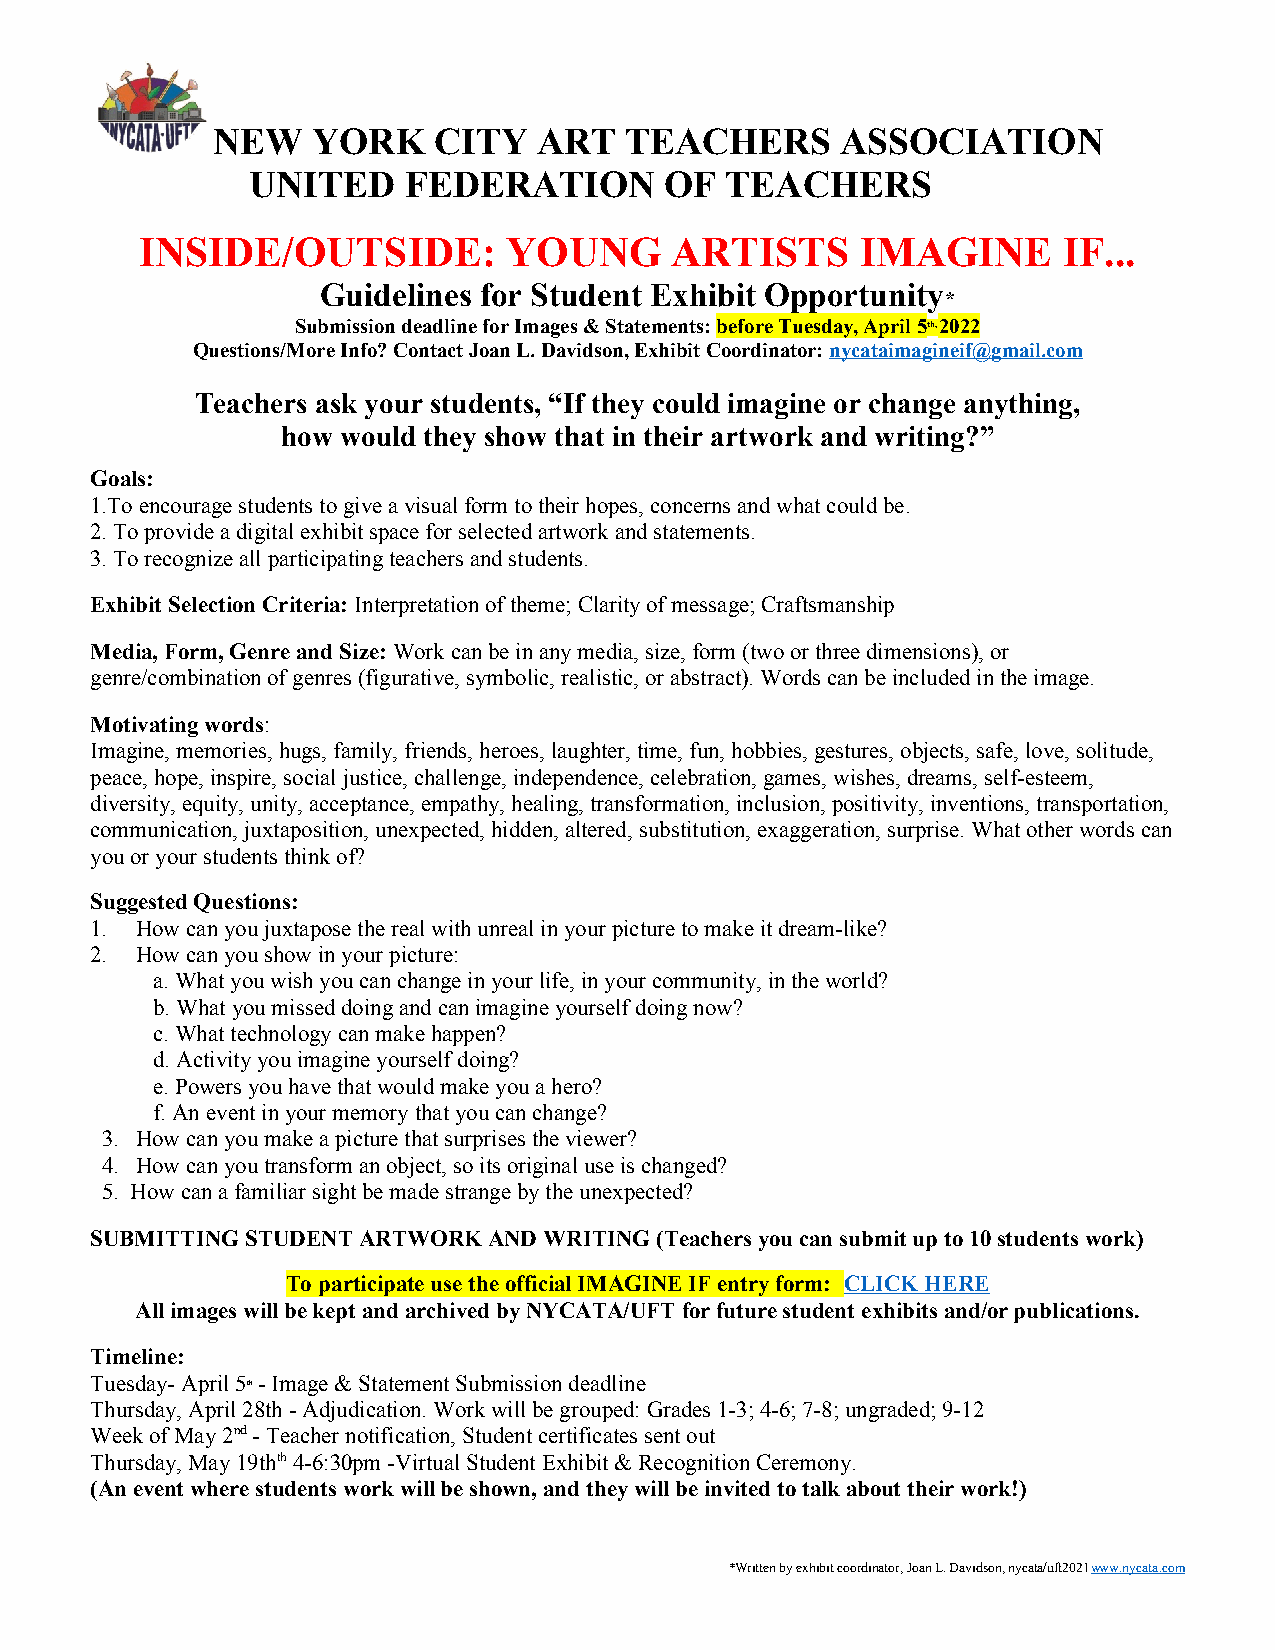
NEW    YORK    CITY   ART  TEACHERS       ASSOCIATION
 UNITED    FEDERATION       OF  TEACHERS
 INSIDE/OUTSIDE:          YOUNG     ARTISTS      IMAGINE      IF...
 Guidelines for Student Exhibit Opportunity
 *
 Submission deadline for Images & Statements: before Tuesday, April 5th, 2022
 Questions/More Info? Contact Joan L. Davidson, Exhibit Coordinator: nycataimagineif @gmail.com
 Teachers ask your students, “If they could imagine or change anything,
 how would they show that in their artwork and writing?”
 Goals:
 1.To encourage students to give a visual form to their hopes, concerns and what could be.
 2. To provide a digital exhibit space for selected artwork and statements.
 3. To recognize all participating teachers and students.
 Exhibit Selection Criteria: Interpretation of theme; Clarity of message; Craftsmanship
 Media, Form, Genre and Size: Work can be in any media, size, form (two or three dimensions), or
 genre/combination of genres (figurative, symbolic, realistic, or abstract). Words can be included in the image.
 Motivating words:
 Imagine, memories, hugs, family, friends, heroes, laughter, time, fun, hobbies, gestures, objects, safe, love, solitude,
 peace, hope, inspire, social justice, challenge, independence, celebration, games, wishes, dreams, self-esteem,
 diversity, equity, unity, acceptance, empathy, healing, transformation, inclusion, positivity, inventions, transportation,
 communication, juxtaposition, unexpected, hidden, altered, substitution, exaggeration, surprise. What other words can
 you or your students think of?
 Suggested Questions:
 1. How can you juxtapose the real with unreal in your picture to make it dream-like?
 2. How can you show in your picture:
 a. What you wish you can change in your life, in your community, in the world?
 b. What you missed doing and can imagine yourself doing now?
 c. What technology can make happen?
 d. Activity you imagine yourself doing?
 e. Powers you have that would make you a hero?
 f. An event in your memory that you can change?
 3. How can you make a picture that surprises the viewer?
 4. How can you transform an object, so its original use is changed?
 5. How can a familiar sight be made strange by the unexpected?
 SUBMITTING STUDENT ARTWORK AND WRITING (Teachers you can submit up to 10 students work)
 To participate use the official IMAGINE IF entry form: CLICK HERE
 All images will be kept and archived by NYCATA/UFT for future student exhibits and/or publications.
 Timeline:
 Tuesday- April 5 - Image & Statement Submission deadline
 th
 Thursday, April 28th - Adjudication. Work will be grouped: Grades 1-3; 4-6; 7-8; ungraded; 9-12
 Week of May 2nd - Teacher notification, Student certificates sent out
 Thursday, May 19thth 4-6:30pm -Virtual Student Exhibit & Recognition Ceremony.
 (An event where students work will be shown, and they will be invited to talk about their work!)
 *Written by exhibit coordinator, Joan L. Davidson, nycata/uft2021www.nycata.com